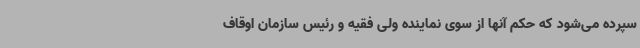
سپرده می‌شود که حکم آنها از سوی نماینده ولی فقیه و رئیس سازمان اوقاف